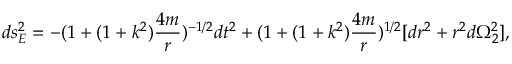
d s _ { E } ^ { 2 } = - ( 1 + ( 1 + k ^ { 2 } ) \frac { 4 m } { r } ) ^ { - 1 / 2 } d t ^ { 2 } + ( 1 + ( 1 + k ^ { 2 } ) \frac { 4 m } { r } ) ^ { 1 / 2 } [ d r ^ { 2 } + r ^ { 2 } d \Omega _ { 2 } ^ { 2 } ] ,